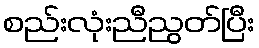
စည်းလုံးညီညွတ်ပြီး